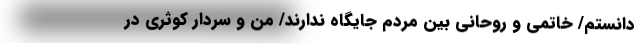
دانستم/ خاتمی و روحانی بین مردم جایگاه ندارند/ من و سردار کوثری در